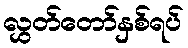
လွှတ်တော်နှစ်ရပ်